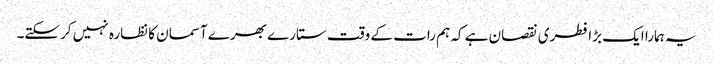
یہ ہمارا ایک بڑا فطری نقصان ہے کہ ہم رات کے وقت ستارے بھرے آسمان کا نظارہ نہیں کرسکتے۔